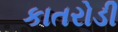
કાતરોડી